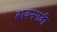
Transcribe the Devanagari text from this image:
बावनगढी